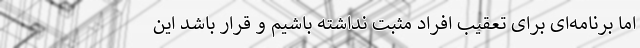
اما برنامه‌‌‌ای برای تعقیب افراد مثبت نداشته باشیم و قرار باشد این